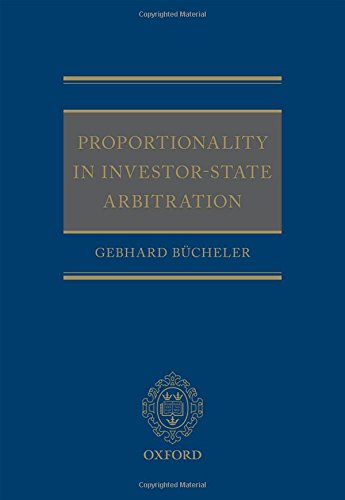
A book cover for Proportionality in Investor-State Arbitration; Gebhard BÃ¼cheler; Law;